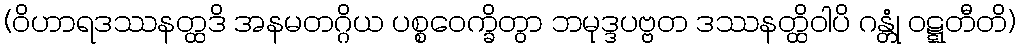
(ဝိဟာရဒဿနတ္ထဒိ အနမတဂ္ဂိယ ပစ္စဝေက္ခိတွာ ဘမုဒ္ဒပဗ္ဗတ ဒဿနတ္ထိဝါပိ ဂန္တုံ ဝဋ္ဋတီတိ)